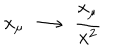
x _ { \mu } ~ \longrightarrow ~ \frac { x _ { \mu } } { x ^ { 2 } }